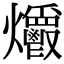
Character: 𤓡